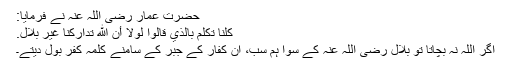
حضرت عمار رضی اللہ عنہ نے فرمایا:
كُلُّنَا تَكَلَّمَ بِالَّذِي قَالُوا لَوْلَا أَنَّ اللَّهَ تَدَارَكَنَا غَيْرَ بِلَالٍ.
اگر اللہ نہ بچاتا تو بلال رضی اللہ عنہ کے سوا ہم سب، ان کفار کے جبر کے سامنے کلمہ کفر بول دیتے۔